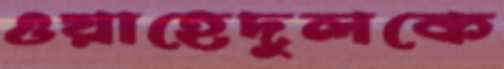
ওয়াহেদুলকে